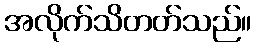
အလိုက်သိတတ်သည်။